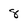
Character: 8